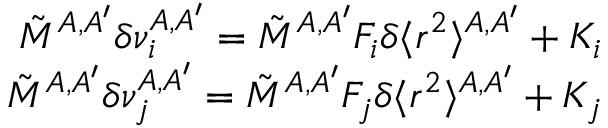
\begin{array} { r } { \tilde { M } ^ { A , A ^ { \prime } } \delta \nu _ { i } ^ { A , A ^ { \prime } } = \tilde { M } ^ { A , A ^ { \prime } } F _ { i } \delta \langle r ^ { 2 } \rangle ^ { A , A ^ { \prime } } + K _ { i } } \\ { \tilde { M } ^ { A , A ^ { \prime } } \delta \nu _ { j } ^ { A , A ^ { \prime } } = \tilde { M } ^ { A , A ^ { \prime } } F _ { j } \delta \langle r ^ { 2 } \rangle ^ { A , A ^ { \prime } } + K _ { j } } \end{array}